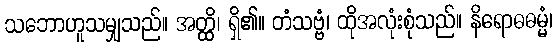
သဘောဟူသမျှသည်။ အတ္ထိ၊ ရှိ၏။ တံသဗ္ဗံ၊ ထိုအလုံးစုံသည်။ နိရောဓဓမ္မံ၊